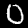
Digit: 0